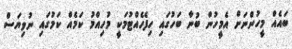
ބައެއް މީހުންނަށް އެމީހުން ބުނާ ބަހުގައި ހިފެހެއްޓުމަކީ މުހިއްމު ކަމެއް ކަމުގައި ނުވިޔަސް